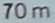
70m